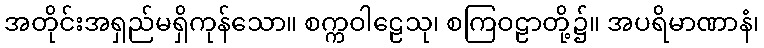
အတိုင်းအရှည်မရှိကုန်သော။ စက္ကဝါဠေသု၊ စကြဝဠာတို့၌။ အပရိမာဏာနံ၊